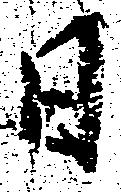
日